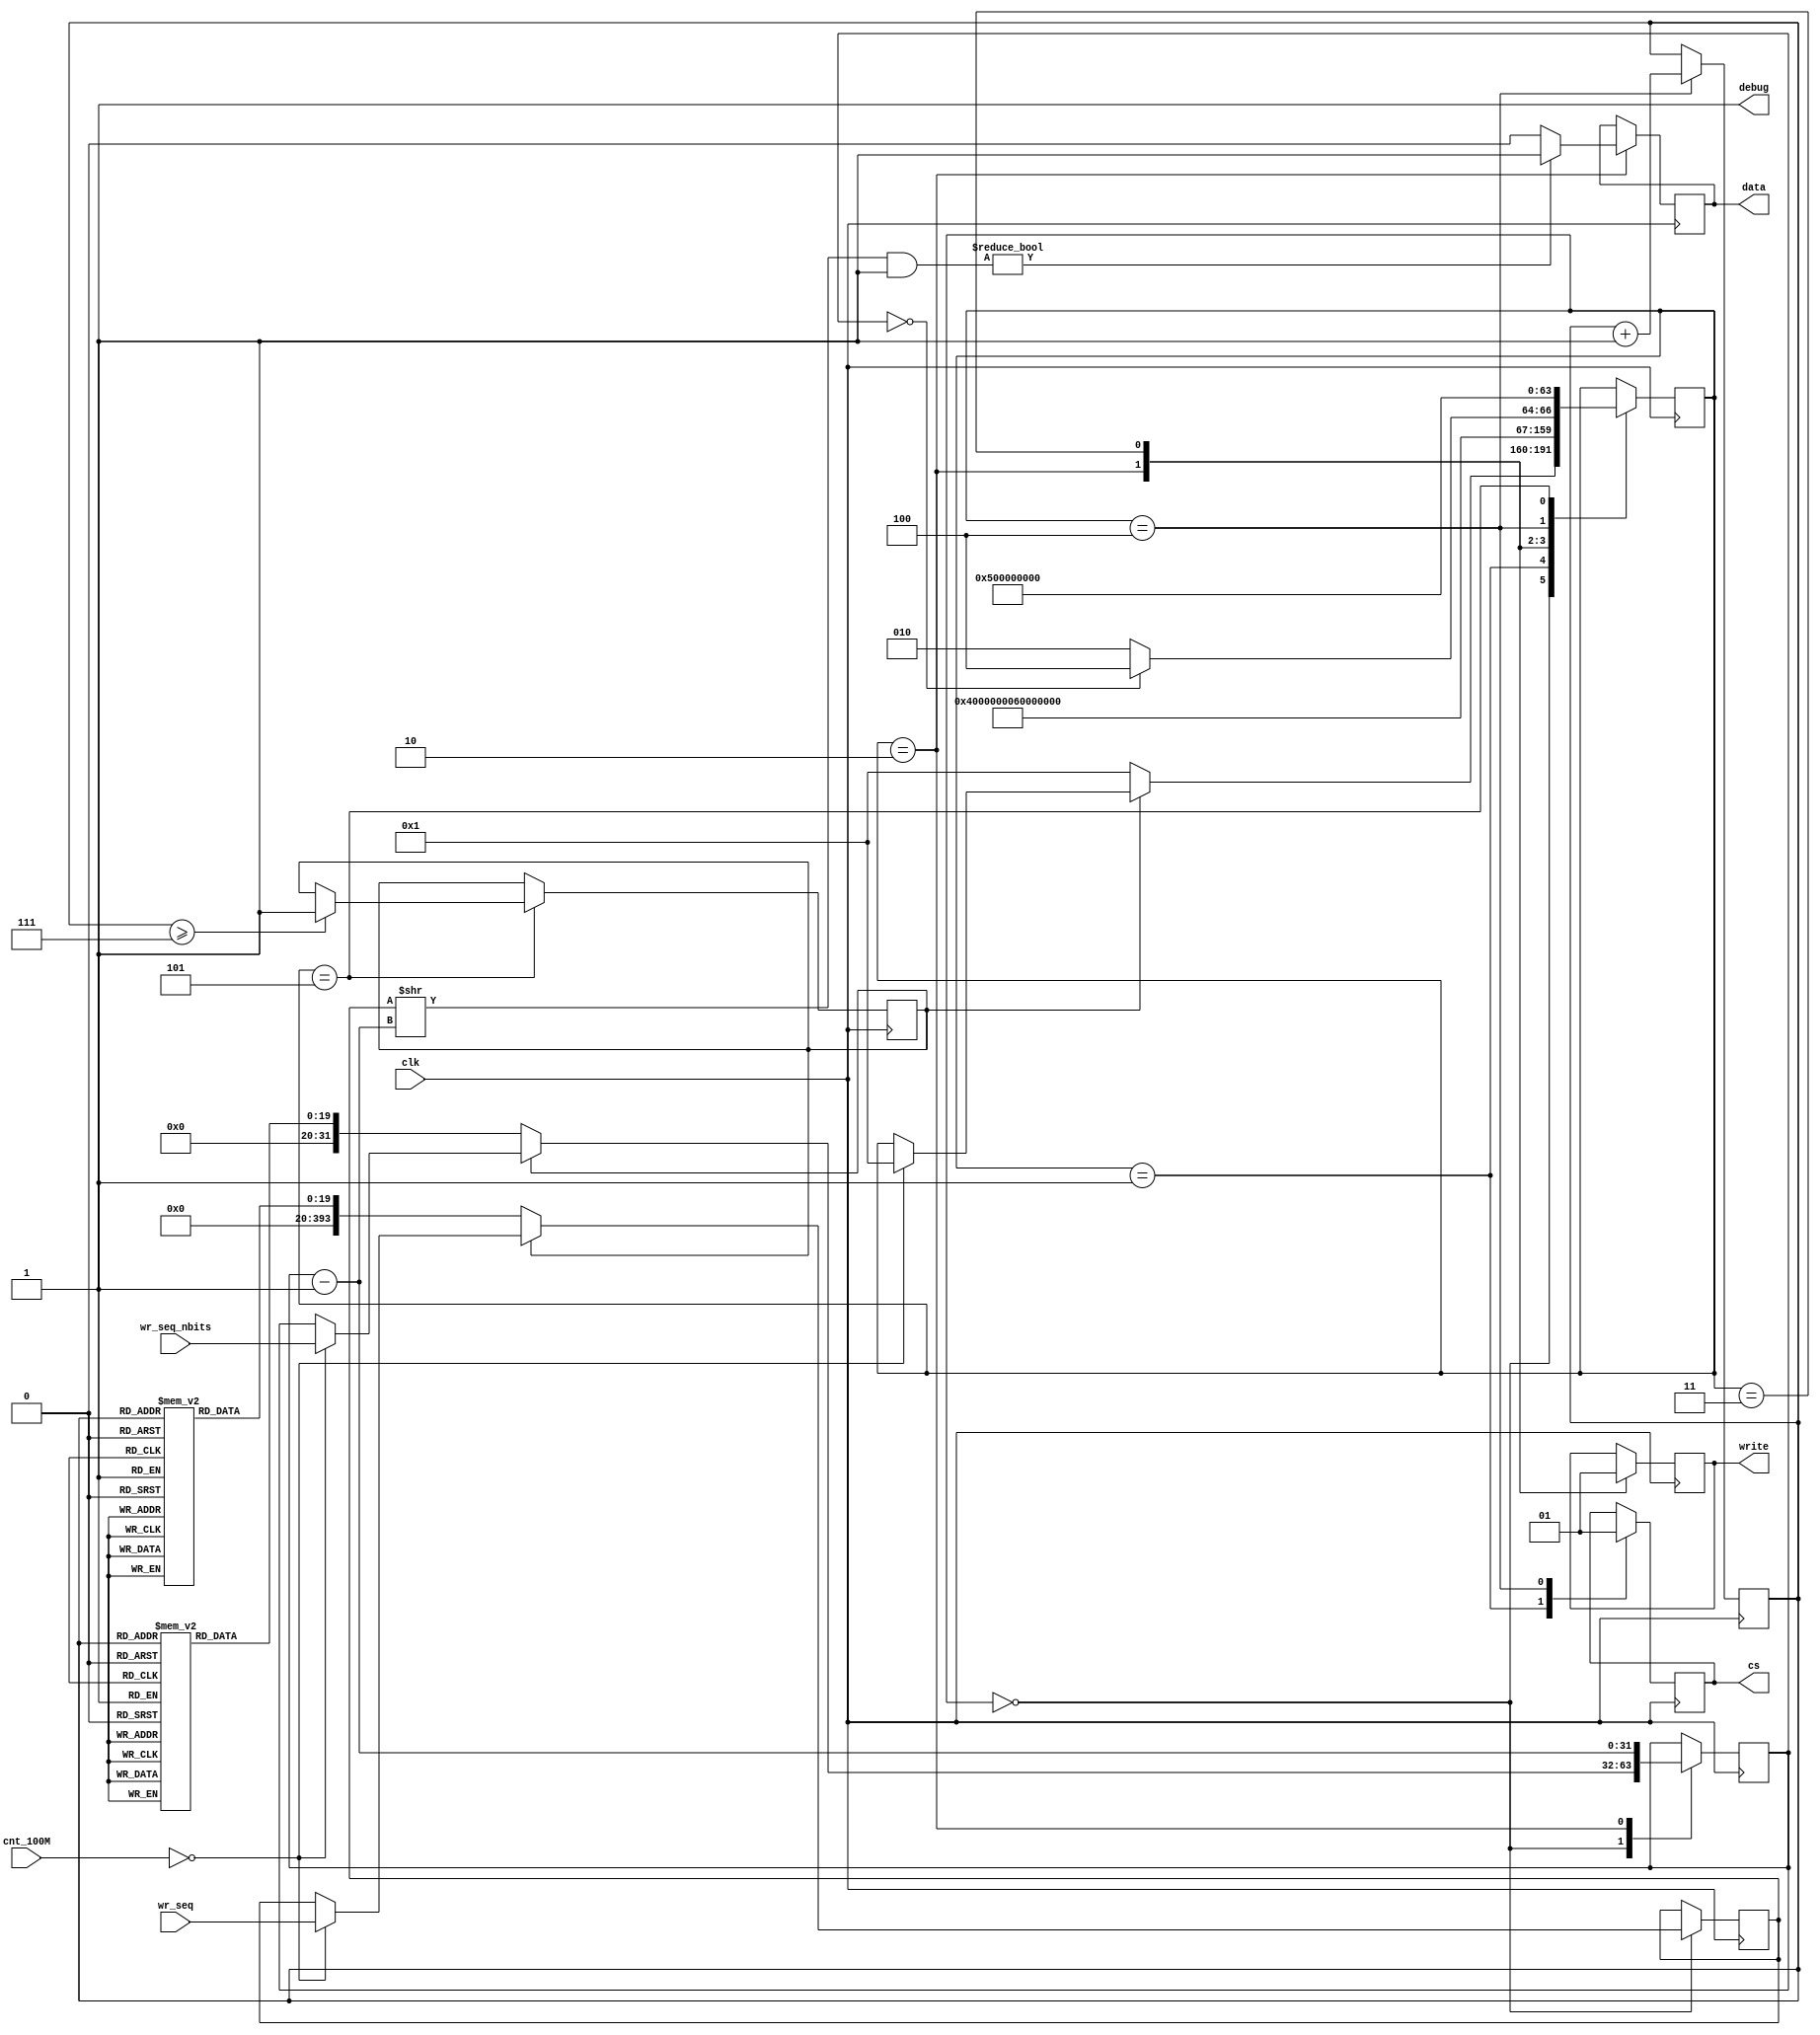
`timescale 1ns / 1ps

/*
Implementation of LED matrix protocol. It takes care of the output values once given a sequence and sequence length. A portion
of this is the solution to Lab03 GQ_03. After sending the sequences stored inside the 2D array (or 1D if you consider it by 
values), it sends whatever value is stored inside wr_seq every second. wr_seq_nbits contains how many bits to send. For us, 
it will always be 394.
A state machine design is used to send the bits with the first state being IDLE (used to set the sequence to send and wait for 
the 1 second when needed). The next state is SEQ_STR, then SEND_BIT, BIT_SENT, SEQ_END, and finally SET_FLAGS.
Note the use of "$display" function for debugging. It has been commented out, but you can still use them if needed.
*/
module LED_matrix(clk, cnt_100M, wr_seq, wr_seq_nbits, cs, write, data, debug);
    
    input clk;
    input [31:0] cnt_100M;
	input [393:0] wr_seq;
	input [31:0] wr_seq_nbits;
	output reg cs;
	output reg write;
	output reg data;
	output reg debug;
	reg [19:0] sequences [19:0];
	reg [19:0] sequences_nbits [19:0];
	reg [4:0] curr_seq_idx;
	
	reg setup_complete;
	
	reg [393:0] seq_to_board;
	reg [31:0] nbits_to_board;
	
	
	parameter HT1632_SYS_DIS = 8'H00;
	parameter HT1632_SYS_EN = 8'H01;
	parameter HT1632_LED_OFF = 8'H02;
	parameter HT1632_LED_ON = 8'H03;
	parameter HT1632_BLINK_OFF = 8'H08;
	parameter HT1632_BLINK_ON = 8'H09;
	parameter HT1632_SLAVE_MODE = 8'H10;
	parameter HT1632_MASTER_MODE = 8'H14;
	parameter HT1632_INT_RC = 8'H18;
	parameter HT1632_EXT_CLK = 8'H1C;
	parameter HT1632_PWM_CONTROL = 8'HA0;
	parameter HT1632_COMMON_16NMOS = 8'H24;

	integer state;
	
	initial begin
	   
	    debug <= 1;
		cs <= 1;
		write <= 1;
		curr_seq_idx <= 0;
		state <= 0; //IDLE
		
		setup_complete <= 0;
				
		sequences[0] <= (( 4 << 8 ) | HT1632_SYS_EN) << 1;
		sequences_nbits[0] <= 12;
		sequences[1] <= (( 4 << 8 ) | HT1632_LED_ON) << 1;
		sequences_nbits[1] <= 12;
		sequences[2] <= (( 4 << 8 ) | HT1632_BLINK_OFF) << 1;
		sequences_nbits[2] <= 12;
		sequences[3] <= (( 4 << 8 ) | HT1632_MASTER_MODE) << 1;
		sequences_nbits[3] <= 12;
		sequences[4] <= (( 4 << 8 ) | HT1632_INT_RC) << 1;
		sequences_nbits[4] <= 12;
		sequences[5] <= (( 4 << 8 ) | HT1632_COMMON_16NMOS) << 1;
		sequences_nbits[5] <= 12;
		sequences[6] <= (( 4 << 8 ) | (HT1632_PWM_CONTROL | 15)) << 1;
		sequences_nbits[6] <= 12;
		
		//to test, as needed
		sequences[7] <= (( 5 << 15 ) | 8'b11110000);
		sequences_nbits[7] <= 18;
		
		sequences[8] <= 0;
		sequences_nbits[8] <= 0;
		
	end
		
	always @(posedge clk) begin
		case(state)
			0: //IDLE
				begin
				   if(!setup_complete)  begin
                       //$display("in IDLE, not setup");
                       seq_to_board <= sequences[curr_seq_idx];
                       nbits_to_board <= sequences_nbits[curr_seq_idx];
					   state <= 1; //SEQ_STR
                   end
                   else begin 
					   if(cnt_100M == 0) begin
						   //$display("in IDLE, setup");
						   seq_to_board <= wr_seq;
						   nbits_to_board <= wr_seq_nbits; 
						   state <= 1; //SEQ_STR
					   end
                   end
//                   $display("state: %d, curr_seq_idx: %d, setup_complete: %b, seq_to_board: %h, \n\tnbits_to_board: %d, wr_seq: %h, \n\twr_seq_nbits: %d",
//                           state, curr_seq_idx, setup_complete, seq_to_board, nbits_to_board, wr_seq, wr_seq_nbits);
                end
			1: //SEQ_STR
				begin
					cs <= 0;
					state <= 2; //SEND_BIT
//					$display("state: %d, curr_seq_idx: %d, setup_complete: %b, seq_to_board: %b, \n\tnbits_to_board: %d, wr_seq: %b, \n\twr_seq_nbits: %d",
//					           state, curr_seq_idx, setup_complete, seq_to_board, nbits_to_board, wr_seq, wr_seq_nbits);
				end
			2: //SEND_BIT
				begin
					nbits_to_board = nbits_to_board - 1;
					if( (seq_to_board >> nbits_to_board) & 1 )		
						data <= 1;
					else	
						data <= 0;
					write <= 0;
					state <= 3; //BIT_SENT
//					$display("state: %d, curr_seq_idx: %d, setup_complete: %b, seq_to_board: %b, \n\tnbits_to_board: %d, wr_seq: %b, \n\twr_seq_nbits: %d",
//					           state, curr_seq_idx, setup_complete, seq_to_board, nbits_to_board, wr_seq, wr_seq_nbits);
				end
			3: //BIT_SENT
				begin
					write <= 1;
					if(nbits_to_board == 0)	state <= 4; //SEQ_END, adding 1 because of overflow
					else	state <= 2; //SEND_BIT
//					$display("state: %d, curr_seq_idx: %d, setup_complete: %b, seq_to_board: %b, \n\tnbits_to_board: %d, wr_seq: %b, \n\twr_seq_nbits: %d",
//					           state, curr_seq_idx, setup_complete, seq_to_board, nbits_to_board, wr_seq, wr_seq_nbits);
				end
			4: //SEQ_END
				begin
					cs <= 1;
					state <= 5; //SET_FLAGS
					curr_seq_idx <= curr_seq_idx + 1;
//					$display("state: %d, curr_seq_idx: %d, setup_complete: %b, seq_to_board: %b, \n\tnbits_to_board: %d, wr_seq: %b, \n\twr_seq_nbits: %d",
//					           state, curr_seq_idx, setup_complete, seq_to_board, nbits_to_board, wr_seq, wr_seq_nbits);
				end		
				
		    5: //SET_FLAGS
		        begin
                    if( curr_seq_idx >= 7 ) setup_complete <= 1;
                    state <= 0;	//IDLE	
	            end
	   endcase
	   
	   
	end
		

endmodule